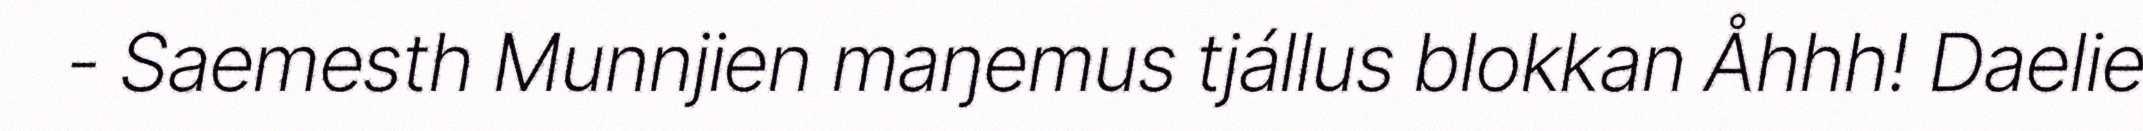
- Saemesth Munnjien maŋemus tjállus blokkan Åhhh! Daelie